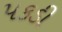
પકડી